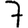
Digit: 7